Insane asylums in Bengal annual reports 1867-1875 - 1867-1875
Year: 1867
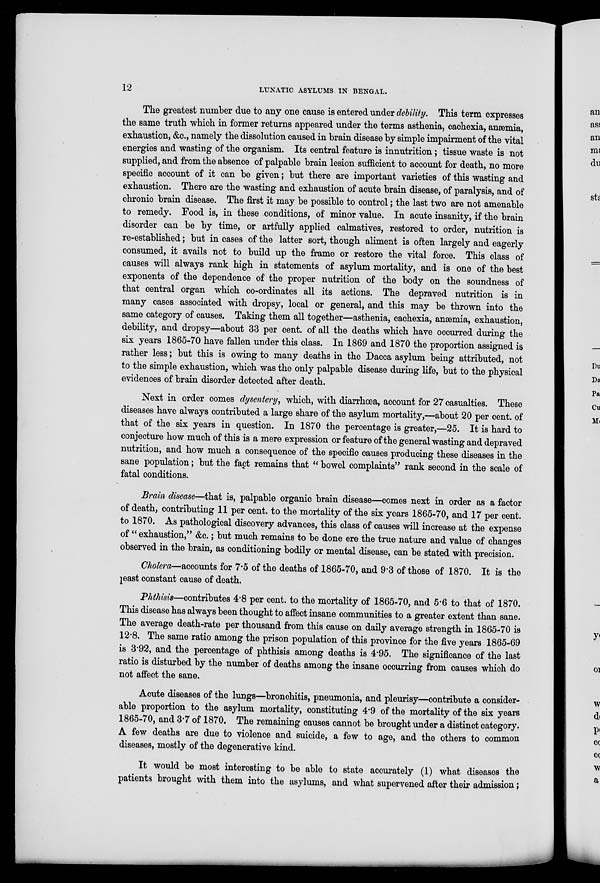
12
LUNATIC ASYLUMS IN BENGAL.
The greatest number due to any one cause is entered under debility. This term expresses
the same truth which in former returns appeared under the terms asthenia, cachexia, anæmia,
exhaustion, &c., namely the dissolution caused in brain disease by simple impairment of the vital
energies and wasting of the organism. Its central feature is innutrition; tissue waste is not
supplied, and from the absence of palpable brain lesion sufficient to account for death, no more
specific account of it can be given; but there are important varieties of this wasting and
exhaustion. There are the wasting and exhaustion of acute brain disease, of paralysis, and of
chronic brain disease. The first it may be possible to control; the last two are not amenable
to remedy. Food is, in these conditions, of minor value. In acute insanity, if the brain
disorder can be by time, or artfully applied calmatives, restored to order, nutrition is
re-established; but in cases of the latter sort, though aliment is often largely and eagerly
consumed, it avails not to build up the frame or restore the vital force. This class of
causes will always rank high in statements of asylum mortality, and is one of the best
exponents of the dependence of the proper nutrition of the body on the soundness of
that central organ which co-ordinates all its actions. The depraved nutrition is in
many cases associated with dropsy, local or general, and this may be thrown into the
same category of causes. Taking them all together—asthenia, cachexia, anæmia, exhaustion,
debility, and dropsy—about 33 per cent. of all the deaths which have occurred during the
six years 1865-70 have fallen under this class. In 1869 and 1870 the proportion assigned is
rather less; but this is owing to many deaths in the Dacca asylum being attributed, not
to the simple exhaustion, which was the only palpable disease during life, but to the physical
evidences of brain disorder detected after death.
Next in order comes dysentery, which, with diarrhœa, account for 27 casualties. These
diseases have always contributed a large share of the asylum mortality,—about 20 per cent. of
that of the six years in question. In 1870 the percentage is greater,—25. It is hard to
conjecture how much of this is a mere expression or feature of the general wasting and depraved
nutrition, and how much a consequence of the specific causes producing these diseases in the
sane population; but the fact remains that "bowel complaints" rank second in the scale of
fatal conditions.
Brain disease—that is, palpable organic brain disease—comes next in order as a factor
of death, contributing 11 per cent. to the mortality of the six years 1865-70, and 17 per cent.
to 1870. As pathological discovery advances, this class of causes will increase at the expense
of " exhaustion," &c.; but much remains to be done ere the true nature and value of changes
observed in the brain, as conditioning bodily or mental disease, can be stated with precision.
Cholera—accounts for 7.5 of the deaths of 1865-70, and 9.3 of those of 1870. It is the
least constant cause of death.
Phthisis—contributes 4.8 per cent. to the mortality of 1865-70, and 5.6 to that of 1870.
This disease has always been thought to affect insane communities to a greater extent than sane.
The average death-rate per thousand from this cause on daily average strength in 1865-70 is
12.8. The same ratio among the prison population of this province for the five years 1865-69
is 3.92, and the percentage of phthisis among deaths is 4.95. The significance of the last
ratio is disturbed by the number of deaths among the insane occurring from causes which do
not affect the sane.
Acute diseases of the lungs—bronchitis, pneumonia, and pleurisy—contribute a consider-
able proportion to the asylum mortality, constituting 4.9 of the mortality of the six years
1865-70, and 3.7 of 1870. The remaining causes cannot be brought under a distinct category.
A few deaths are due to violence and suicide, a few to age, and the others to common
diseases, mostly of the degenerative kind.
It would be most interesting to be able to state accurately (1) what diseases the
patients brought with them into the asylums, and what supervened after their admission;